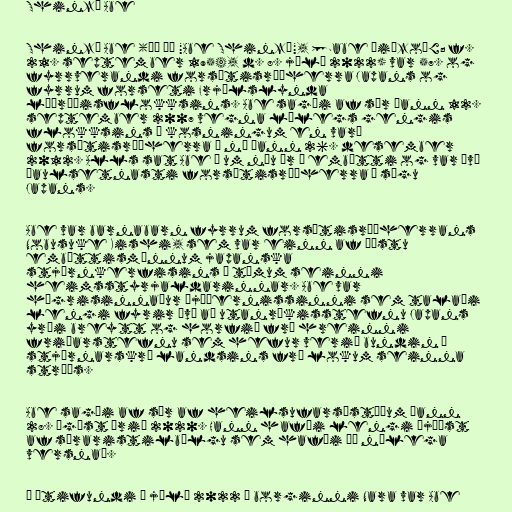
Shinzō Abe

Shinzō Abe (安倍 晋三 "Abe Shinzō", [abe ɕiɴzoː]; f.
21. september 1954, d. 8. júlí 2022) var 57. og
fyrrverandi forsætisráðherra Japans og
fyrrum forseti Frjálslynda
lýðræðisflokksins. Abe sagði af sér þann 12.
september 2007 vegna lélegs gengis
flokksins í kosningum en varð
forsætisráðherra á ný þann 26. desember
2012. Alls sat Abe í um níu ár í embætti og var því
þaulsetnasti forsætisráðherra í sögu
Japans.

Abe var barnabarn fyrrum forsætisráðherrans
Nobusuke Kishi, sem var einn af æðstu
embættismönnum japanska
stjórnkerfisins á tímum seinni
heimsstyrjaldarinnar. Abe var
hægrisinnaður þjóðernissinni sem talaði
lengi fyrir því að utanríkisstefnu Japans
yrði breytt og horfið frá hreinni
friðarstefnu sem hefur verið bundin í
stjórnarskrá landsins frá lokum seinna
stríðs.

Abe sagði af sér af heilsufarsástæðum þann
28. ágúst árið 2020. Hann hafði lengi þjáðst
af sáraristilbólgu sem hafði þá nýlega
versnað.

Á útifundi í júlí 2022 í borginni Nara var Abe